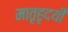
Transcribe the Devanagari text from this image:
मातृहृदयी